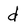
Character: d